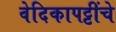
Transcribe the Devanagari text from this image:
वेदिकापट्टींचे